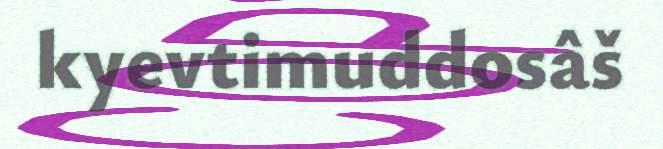
kyevtimuddosâš